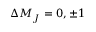
\Delta M _ { J } = 0 , \pm 1